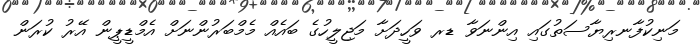
މަނިކުފާނރިޔާސަތުގައި އިންނަވާ ޑރ ވަހީދަށާ މަޖިލީހުގެ ބައެއް މެމްބަރުންނަށް އެމްޑީޕީން އޭރު ކުރަން